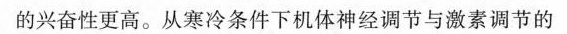
的兴奋性更高。从寒冷条件下机体神经调节与激素调节的